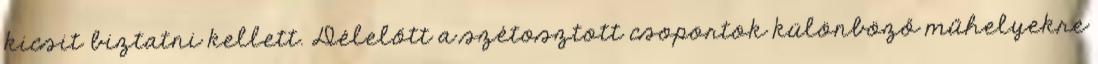
kicsit biztatni kellett. Délelőtt a szétosztott csoportok különböző műhelyekre